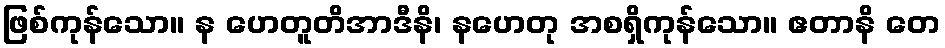
ဖြစ်ကုန်သော။ န ဟေတူတိအာဒီနိ၊ နဟေတု အစရှိကုန်သော။ ဧတာနိ တေ